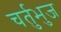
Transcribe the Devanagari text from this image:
चर्तुभुज